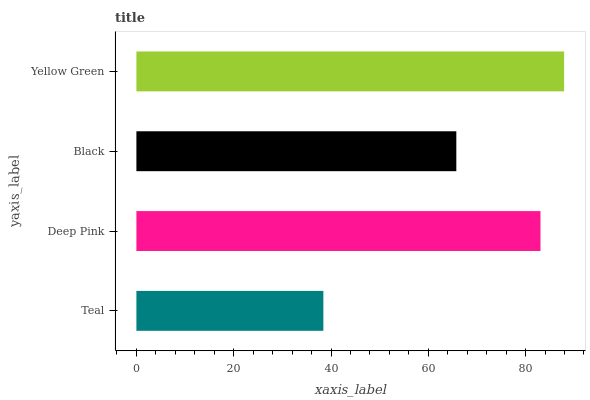
| yaxis_label | bars |
 | --- | --- |
 | Teal | 38.4 |
 | Deep Pink | 83.1 |
 | Black | 65.8 |
 | Yellow Green | 87.9 |